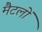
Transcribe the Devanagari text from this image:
मैटलों